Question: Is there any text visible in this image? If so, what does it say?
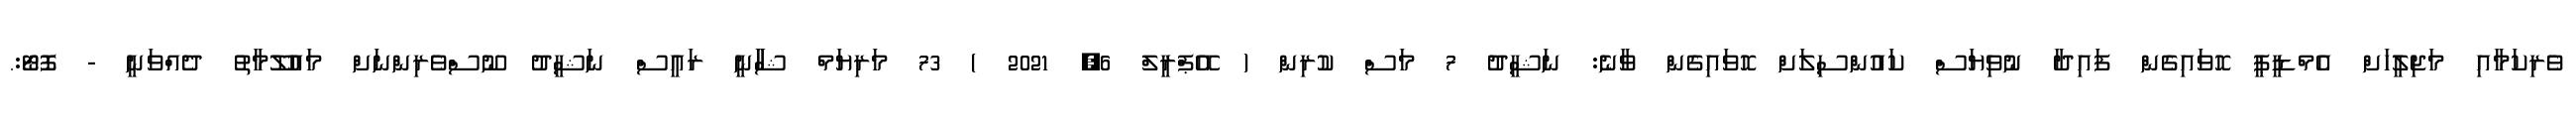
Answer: ވެރިކަމާއި މަޖިލީހަށް އެމްޑީޕީ ހޮވައިގެން ފައިދާ ނުވިޔަސް ކައުންސިލަށް ހޮވައިގެން ވާނެ: ނަޝީދު 7 މަސް ކުރިން ( އޭޕްރީލް 6, 2021 ) 73 މަރިޔަމް ޝާާނީ ރައީސް ނަޝީދު ނޫސްވެރިންނަށް މައުލޫމާތު ދެއްވަނީ - ފޮޓޯ:.